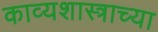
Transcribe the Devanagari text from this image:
काव्यशास्त्राच्या